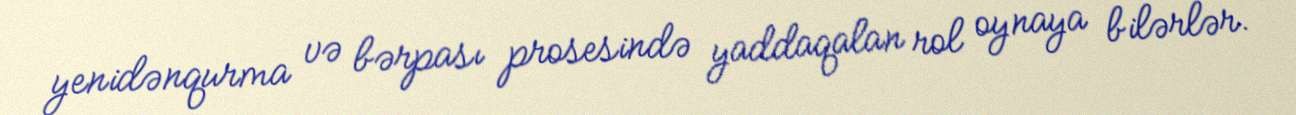
yenidənqurma və bərpası prosesində yaddaqalan rol oynaya bilərlər.